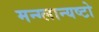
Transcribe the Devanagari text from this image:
मन्ग्लान्यष्टो